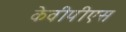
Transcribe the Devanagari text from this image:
केवीपीएस